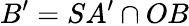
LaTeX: B^{\prime}=SA^{\prime}\cap OB